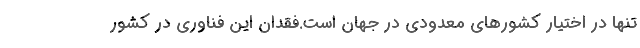
تنها در اختیار كشورهای معدودی در جهان است.فقدان این فناوری در كشور